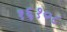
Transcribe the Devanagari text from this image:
१६१०८